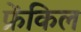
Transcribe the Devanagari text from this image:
फ्रेंकिल